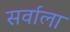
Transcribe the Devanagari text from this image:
सर्वाला